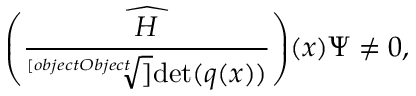
{ \widehat { \left( { \frac { H } { \sqrt [ [object Object] ] { \operatorname* { d e t } ( q ( x ) ) } } } \right) } } ( x ) \Psi \not = 0 ,